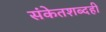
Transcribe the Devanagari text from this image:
संकेतशब्दही